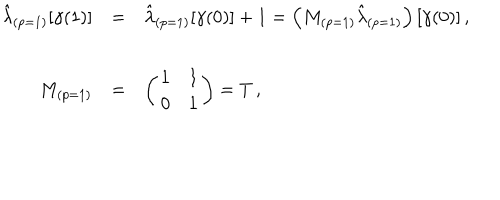
\begin{array} { r c l } { { \hat { \lambda } _ { ( p = 1 ) } [ \gamma ( 1 ) ] } } & { { = } } & { { \hat { \lambda } _ { ( p = 1 ) } [ \gamma ( 0 ) ] + 1 = \left( M _ { ( p = 1 ) } \hat { \lambda } _ { ( p = 1 ) } \right) [ \gamma ( 0 ) ] \, , } } \\ { { } } & { { } } & { { } } \\ { { M _ { ( p = 1 ) } } } & { { = } } & { { \left( \begin{array} { c c } { { 1 } } & { { 1 } } \\ { { 0 } } & { { 1 } } \\ \end{array} \right) = T \, , } } \\ \end{array}